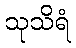
သုသိရံ